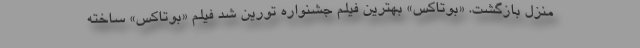
منزل بازگشت. «بوتاکس» بهترین فیلم جشنواره تورین شد فیلم «بوتاکس» ساخته